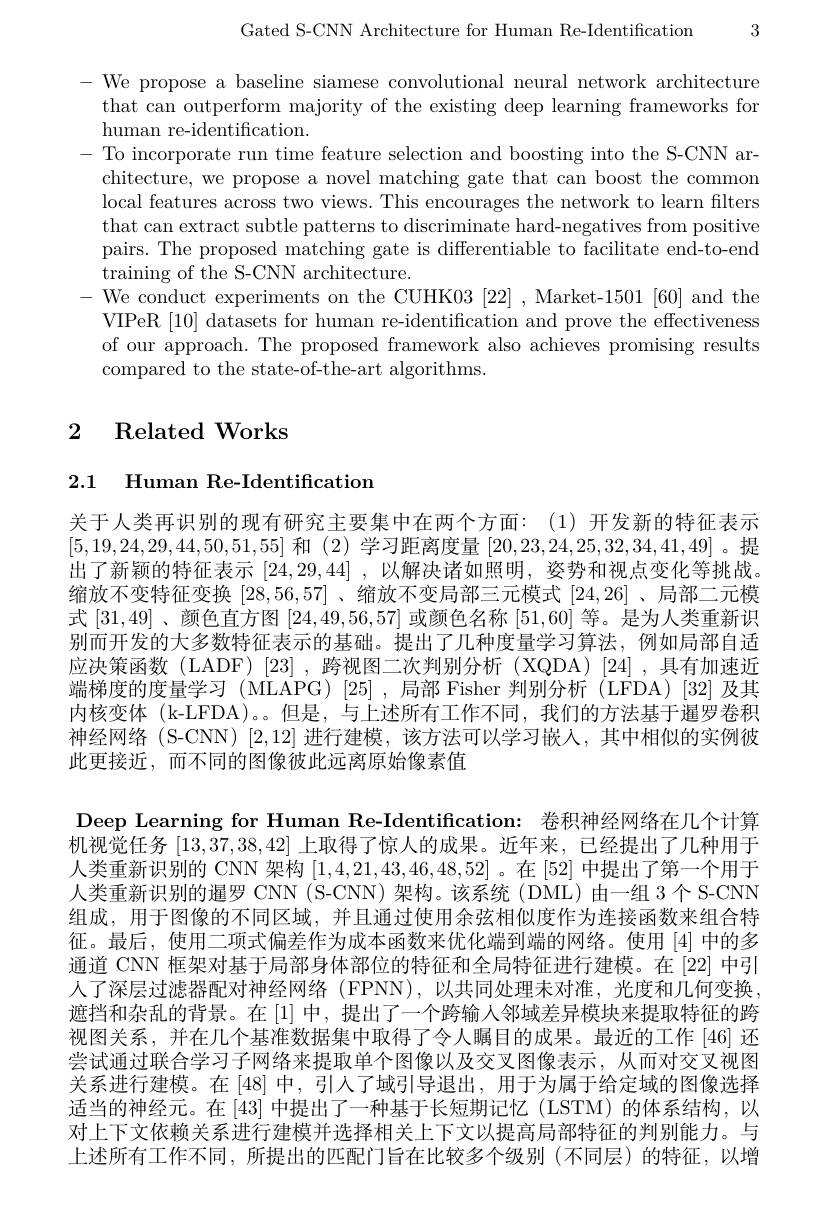
3

Gated S-CNN Architecture for Human Re-Identification

- We propose a baseline siamese convolutional neural network architecture that can outperform majority of the existing deep learning frameworks for human re-identification.
To incorporate run time feature selection and boosting into the S-CNN architecture, we propose a novel matching gate that can boost the common local features across two views. This encourages the network to learn filters that can extract subtle patterns to discriminate hard-negatives from positive pairs. The proposed matching gate is differentiable to facilitate end-to-end training of the S-CNN architecture.
-We conduct experiments on the CUHK03 [22] , Market-1501 [60] and the
VIPeR [10] datasets for human re-identification and prove the effectiveness of our approach. The proposed framework also achieves promising results compared to the state-of-the-art algorithms.

## 2 Related Works

2.1 Human Re-Identification

关于人类再识别的现有研究主要集中在两个方面：(1)开发新的特征表示[5,19,24,29,44,50,51,55]和(2)学习距离度量[20,23,24,25,32,34,41,49]。提$\dot {\text{出 了 新 颖 的 特 征 表 示 }[ 24, 29, 44] }$ $, \dot{\text{以 解 决 诸 如 照 明 , 姿 势 和 视 点 变 化 等 挑 战 。}}$ 缩放不变特征变换[28,56,57] 、缩放不变局部三元模式[24,26] 、局部二元模式[31,49]、颜色直方图[24,49,56,57]或颜色名称[51,60]等。是为人类重新识别而开发的大多数特征表示的基础。提出了几种度量学习算法，例如局部自适应决策函数(LADF)[23],跨视图二次判别分析(XQDA)[24],具有加速近端梯度的度量学习 (MLAPG)[25],局部 Fisher 判别分析 (LFDA)[32]及其内核变体(k-LFDA)。。但是，与上述所有工作不同，我们的方法基于暹罗卷积神经网络(S-CNN)[2,12]进行建模，该方法可以学习嵌入，其中相似的实例彼此更接近，而不同的图像彼此远离原始像素值

Deep Learning for Human Re-Identification: 卷积神经网络在几个计算机视觉任务[13,37,38,42]上取得了惊人的成果。近年来，已经提出了几种用于人类重新识别的 CNN 架构[1,4,21,43,46,48,52] 。在[52]中提出了第一个用于人类重新识别的暹罗 CNN (S-CNN)架构。该系统(DML)由一组 3个 S-CNN 组成，用于图像的不同区域，并且通过使用余弦相似度作为连接函数来组合特征。最后，使用二项式偏差作为成本函数来优化端到端的网络。使用[4]中的多通道 CNN 框架对基于局部身体部位的特征和全局特征进行建模。在 [22] 中引人了深层过滤器配对神经网络 (FPNN),以共同处理未对准，光度和几何变换， 遮挡和杂乱的背景。在$\left[1\right]$中，提出了一个跨输入邻域差异模块来提取特征的跨视图关系，并在几个基准数据集中取得了令人瞩目的成果。最近的工作 [46]还尝试通过联合学习子网络来提取单个图像以及交叉图像表示，从而对交叉视图关系进行建模。在 [48] 中，引人了域引导退出，用于为属于给定域的图像选择适当的神经元。在 [43] 中提出了一种基于长短期记忆 (LSTM)的体系结构，以对上下文依赖关系进行建模并选择相关上下文以提高局部特征的判别能力。与上述所有工作不同，所提出的匹配门旨在比较多个级别(不同层)的特征，以增